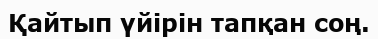
Қайтып үйірін тапқан соң.